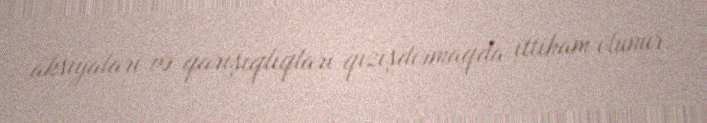
aksiyaları və qarışıqlıqları qızışdırmaqda ittiham olunur.